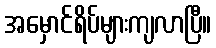
အမှောင်ရိပ်များကျလာပြီ။